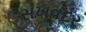
સખવદર